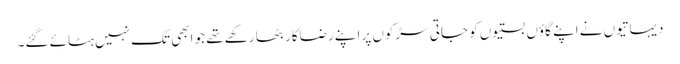
دیہاتیوں نے اپنے گاؤں بستیوں کو جاتی سڑکوں پر اپنے رضاکار بٹھا رکھے تھے جو ابھی تک نہیں ہٹائے گئے۔